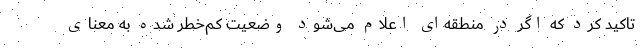
تاکید کرد که اگر در منطقه‌ای اعلام می‌شود وضعیت کم‌خطر شده به معنای